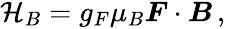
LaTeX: \begin{array}{r}{\mathcal{H}_{B}=g_{F}\mu_{B}\boldsymbol{F}\cdot\boldsymbol{B}\, ,}\end{array}